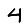
Digit: 4